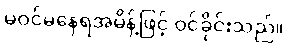
မဝင်မနေရအမိန့်ဖြင့် ဝင်ခိုင်းသည်။